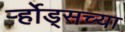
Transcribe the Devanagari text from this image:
र्ऱ्होड्सच्या